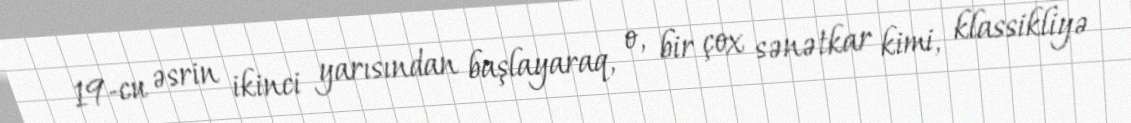
19-cu əsrin ikinci yarısından başlayaraq, o, bir çox sənətkar kimi, klassikliyə